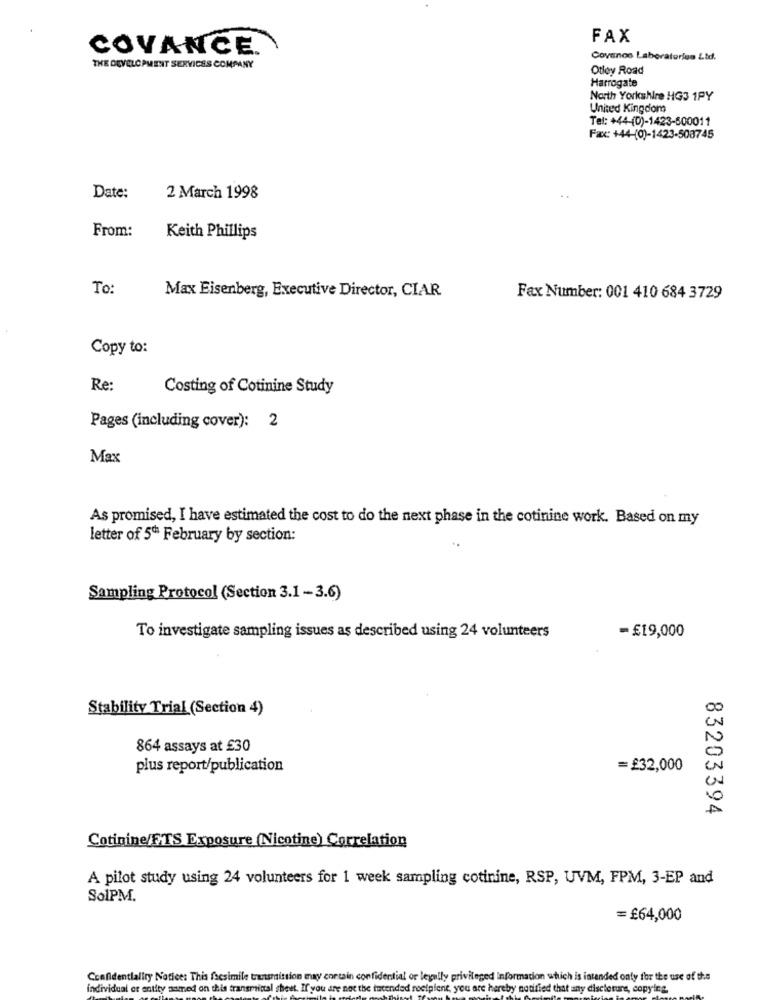
FAX
COVANCE.
Covance Laboratories Ltd.
THE DEVELOPMENT SERVICES COMPANY
Otley Road
Harrogate
North Yorkshire HG3 1PY
United Kingdom
Tel: +44-(0)-1423-500011
Fax: +44-(0)-1423-508745
Date:
2 March 1998
From:
Keith Phillips
To:
Max Eisenberg, Executive Director, CIAR
Fax Number: 001 410 684 3729
Copy to:
Re:
Costing of Cotinine Study
Pages (including cover): 2
Max
As promised, I have estimated the cost to do the next phase in the cotinine work. Based on my
letter of 5th February by section:
..
Sampling Protocol (Section 3.1 -3.6)
To investigate sampling issues as described using 24 volunteers
-£19,000
Stability Trial (Section 4)
864 assays at £30
plus report/publication
=£32,000
83203394
Cotinine/FTS Exposure (Nicotine) Correlation
A pilot study using 24 volunteers for 1 week sampling cotinine, RSP, UVM, FPM, 3-EP and
SolPM.
=£64,000
Confidentiality Notice: This fscsimile transmission may contain confidential or legally privileged Information which is intended only for the use of the
individual or entity named on this transmittal sheet. If you are not the tocended recipient, you are hereby notified that any disclosure, copying